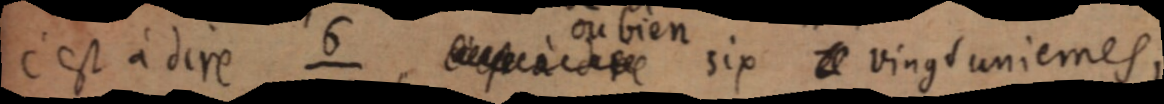
c’est à dire ⁶⁄₂₁ [c’est à dire] six [o] vingtièmes, .